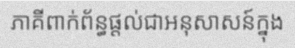
ភាគីពាក់ព័ន្ធផ្តល់ជាអនុសាសន៍ក្នុង